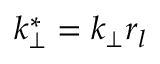
k _ { \perp } ^ { * } = k _ { \perp } r _ { l }